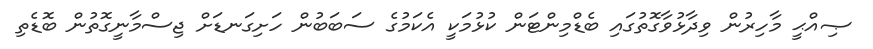
ޞިއްޙީ މާހިރުން ވިދާޅުވާގޮތުގައި ބެޑްމިންޓަން ކުޅުމަކީ އެކަމުގެ ސަބަބުން ހަށިގަނޑަށް ޖިސްމާނީގޮތުން ބޮޑެތި